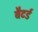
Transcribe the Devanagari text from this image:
बैटर्ड